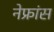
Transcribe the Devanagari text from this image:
नेफ्रांस